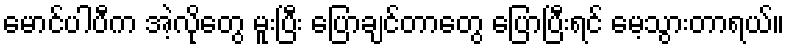
မောင်ပါပီက အဲ့လိုတွေ မူးပြီး ပြောချင်တာတွေ ပြောပြီးရင် မေ့သွားတာရယ်။